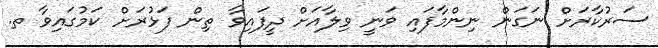
ސަރުކާރަށް ނަގަން ނިންމާފައި ވަނީ ވިލާއަށް ދީފައިވާ ތިން ފަޅުރަށް ކަމުގައިވާ ތ.